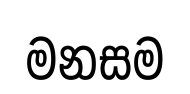
මනසම